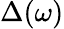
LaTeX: \Delta(\omega)